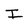
Character: I